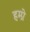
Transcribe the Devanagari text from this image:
हम्प्रे